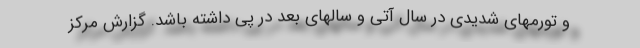
و تورمهای شدیدی در سال آتی و سالهای بعد در پی داشته باشد. گزارش مرکز